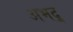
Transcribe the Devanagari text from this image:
अभद्र्